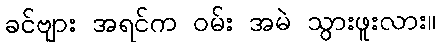
ခင်ဗျား အရင်က ဝမ်း အမဲ သွားဖူးလား။